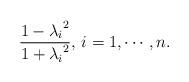
LaTeX: \begin{align*} \frac{1-{\lambda_i}^2 }{1+{\lambda_i}^2}, \,i= 1, \cdots, n.\end{align*}